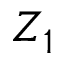
Z _ { 1 }